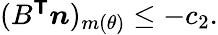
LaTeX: \begin{array}{r}{(B^{\boldsymbol{\mathsf{T}}}\boldsymbol{n})_{m(\theta)}\le-c_{2}.}\end{array}